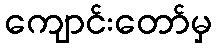
ကျောင်းတော်မှ